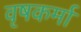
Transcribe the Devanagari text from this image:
वृषकर्मा